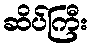
ဆိပ်ကြီး